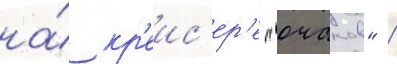
на́ кр'еис'ер'е "очаков" /